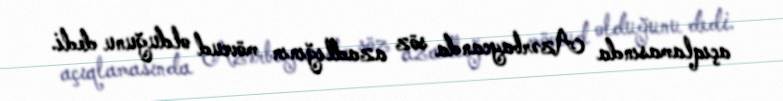
açıqlamasında Azərbaycanda söz azadlığının mövcud olduğunu dedi.